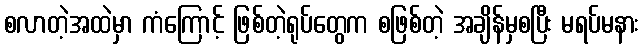
စလာတဲ့အထဲမှာ ကံကြောင့် ဖြစ်တဲ့ရုပ်တွေက စဖြစ်တဲ့ အချိန်မှစပြီး မရပ်မနား